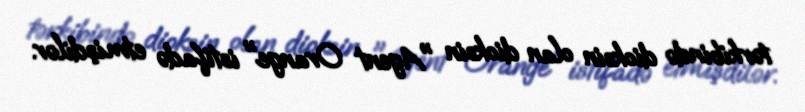
tərkibində dioksin olan dioksin "Agent Orange" istifadə etmişdilər.